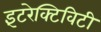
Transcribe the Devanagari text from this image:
इंटरेक्टिविटी